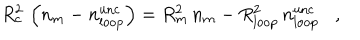
R _ { c } ^ { 2 } \, \left( n _ { m } - n _ { \mathrm { l o o p } } ^ { \mathrm { u n c } } \right) = R _ { m } ^ { 2 } \, n _ { m } - R _ { \mathrm { l o o p } } ^ { 2 } \, n _ { \mathrm { l o o p } } ^ { \mathrm { u n c } } \, \, \, \, \, , \, \, \, \, \,